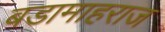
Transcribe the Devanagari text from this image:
बडामाहराज